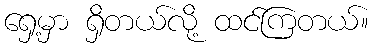
ရှေ့မှာ ရှိတယ်လို့ ထင်ကြတယ်။